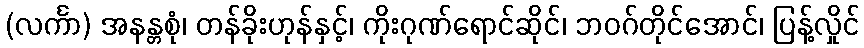
(လင်္ကာ) အနန္တစုံ၊ တန်ခိုးဟုန်နှင့်၊ ကိုးဂုဏ်ရောင်ဆိုင်၊ ဘဝဂ်တိုင်အောင်၊ ပြန့်လှိုင်